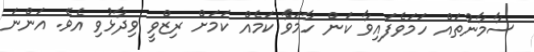
ސާމާނުތައް ހަމަވެފައިވާ ކަން ހާމަވެާ ކަމެއް ކަމަށް ރިޒްވީ ވިދާޅުވި އެވެ. އަންނަ